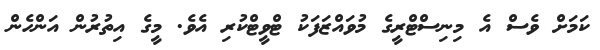
ކަމަށް ވެސް އެ މިނިސްޓްރީގެ މުވައްޒަފަކު ޓްވީޓްކުރި އެވެ. މީގެ އިތުރުން އަންހެން